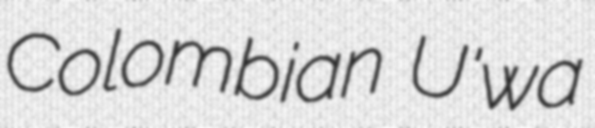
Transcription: Colombian U'wa